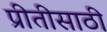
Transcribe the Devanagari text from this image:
प्रीतीसाठी